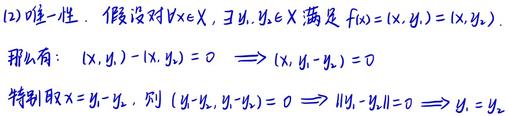
(12) 唯一性. 假设对 $\forall x\in X$, $\exists y_1,y_2\in X$ 满足 $f(x)=(x,y_1)=(x,y_2)$. 那么有: $(x,y_1)-(x,y_2)=0\Longrightarrow(x,y_1 - y_2)=0$. 特别取 $x = y_1 - y_2$, 则 $(y_1 - y_2,y_1 - y_2)=0\Longrightarrow\|y_1 - y_2\|=0\Longrightarrow y_1 = y_2$.